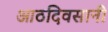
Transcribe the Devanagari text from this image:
आठदिवसानी